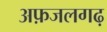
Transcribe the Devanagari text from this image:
अफ़जलगढ़